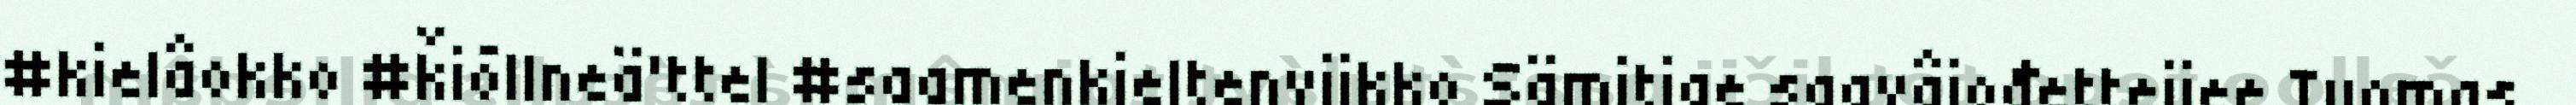
#kielâokko #ǩiõllneä'ttel #saamenkieltenviikko Sämitige saavâjođetteijee Tuomas